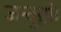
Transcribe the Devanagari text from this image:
जन्तुरूपी